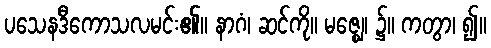
ပသေနဒီကောသလမင်း၏။ နာဂံ၊ ဆင်ကို။ မဇ္ဈေ၊ ၌။ ကတွာ၊ ၍။